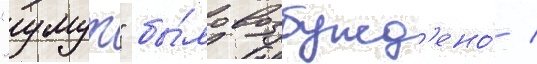
"умут" бы́ло возбужд'ено́ /